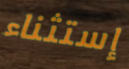
إستثناء